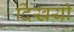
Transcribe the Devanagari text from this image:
दिखयी